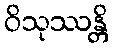
ဝိသုဿန္တိ